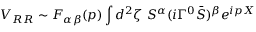
V _ { R R } \sim F _ { \alpha \beta } ( p ) \int d ^ { 2 } \zeta \ S ^ { \alpha } ( i \Gamma ^ { 0 } { \bar { S } } ) ^ { \beta } e ^ { i p X }